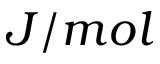
J / m o l